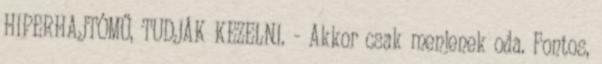
HIPERHAJTÓMŰ, TUDJÁK KEZELNI. - Akkor csak menjenek oda. Fontos,